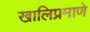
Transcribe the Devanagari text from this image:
खालिप्रमाणे